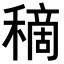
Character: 𥡦